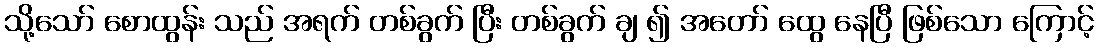
သို့သော် စောထွန်း သည် အရက် တစ်ခွက် ပြီး တစ်ခွက် ချ ၍ အတော် ထွေ နေပြီ ဖြစ်သော ကြောင့်